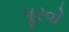
પૂરવો